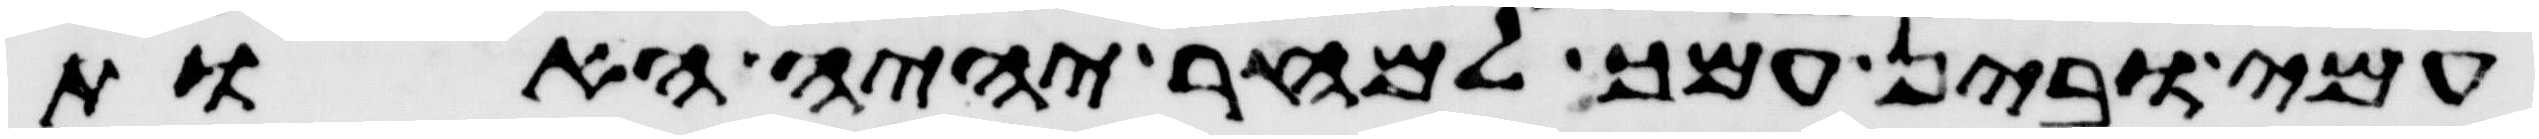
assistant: עמי ובין עמך למחר יהיה האות